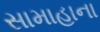
સામાહાના